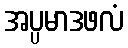
အပ္ပမာဒဖလံ